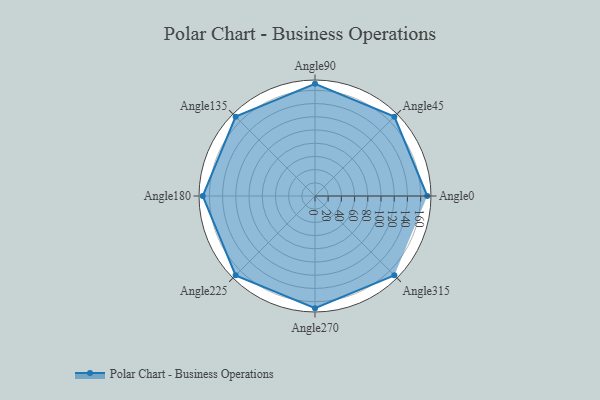
{"axis": {"x": "Angle", "y": "Radius"}, "legend": [""], "data": [{"x": "Angle0", "y": 170, "type": ""}, {"x": "Angle45", "y": 170, "type": ""}, {"x": "Angle90", "y": 170, "type": ""}, {"x": "Angle135", "y": 170, "type": ""}, {"x": "Angle180", "y": 170, "type": ""}, {"x": "Angle225", "y": 170, "type": ""}, {"x": "Angle270", "y": 170, "type": ""}, {"x": "Angle315", "y": 170, "type": ""}]}